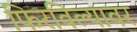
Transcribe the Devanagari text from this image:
फिरविल्यावर